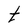
Character: t